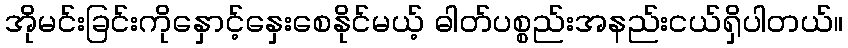
အိုမင်းခြင်းကိုနှောင့်နှေးစေနိုင်မယ့် ဓါတ်ပစ္စည်းအနည်းငယ်ရှိပါတယ်။